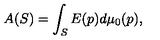
A ( S ) = \int _ { S } E ( p ) d \mu _ { 0 } ( p ) ,